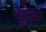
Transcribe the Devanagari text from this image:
भूराः